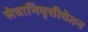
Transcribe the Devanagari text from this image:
सेवानिवृत्तीवेतन